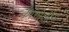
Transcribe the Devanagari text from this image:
कांगोलीस